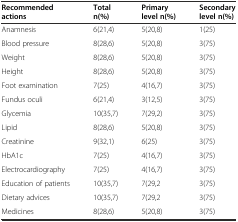
<table><thead><tr><td><b>Recommended actions</b></td><td><b>Total n(%)</b></td><td><b>Primary level n(%)</b></td><td><b>Secondary level n(%)</b></td></tr></thead><tbody><tr><td>Anamnesis</td><td>6(21,4)</td><td>5(20,8)</td><td>1(25)</td></tr><tr><td>Blood pressure</td><td>8(28,6)</td><td>5(20,8)</td><td>3(75)</td></tr><tr><td>Weight</td><td>8(28,6)</td><td>5(20,8)</td><td>3(75)</td></tr><tr><td>Height</td><td>8(28,6)</td><td>5(20,8)</td><td>3(75)</td></tr><tr><td>Foot examination</td><td>7(25)</td><td>4(16,7)</td><td>3(75)</td></tr><tr><td>Fundus oculi</td><td>6(21,4)</td><td>3(12,5)</td><td>3(75)</td></tr><tr><td>Glycemia</td><td>10(35,7)</td><td>7(29,2)</td><td>3(75)</td></tr><tr><td>Lipid</td><td>8(28,6)</td><td>5(20,8)</td><td>3(75)</td></tr><tr><td>Creatinine</td><td>9(32,1)</td><td>6(25)</td><td>3(75)</td></tr><tr><td>HbA1c</td><td>7(25)</td><td>4(16,7)</td><td>3(75)</td></tr><tr><td>Electrocardiography</td><td>7(25)</td><td>4(16,7)</td><td>3(75)</td></tr><tr><td>Education of patients</td><td>10(35,7)</td><td>7(29,2</td><td>3(75)</td></tr><tr><td>Dietary advices</td><td>10(35,7)</td><td>7(29,2</td><td>3(75)</td></tr><tr><td>Medicines</td><td>8(28,6)</td><td>5(20,8)</td><td>3(75)</td></tr></tbody></table>